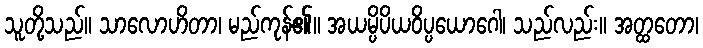
သူတို့သည်။ သာလောဟိတာ၊ မည်ကုန်၏။ အယမ္ပိပိယဝိပ္ပယောဂေါ၊ သည်လည်း။ အတ္ထတော၊